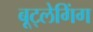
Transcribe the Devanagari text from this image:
बूट्लेगिंग